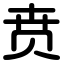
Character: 贲